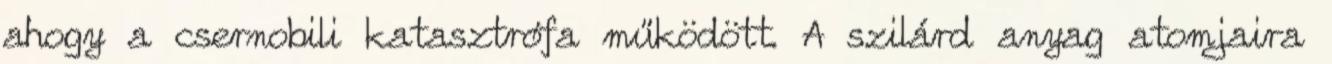
ahogy a csernobili katasztrófa működött. A szilárd anyag atomjaira